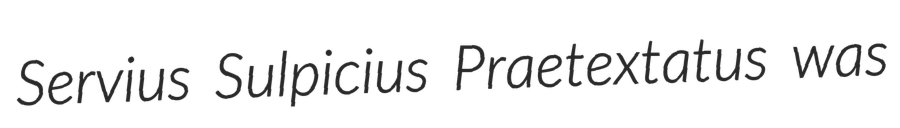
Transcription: Servius Sulpicius Praetextatus was